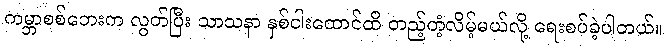
ကမ္ဘာစစ်ဘေးက လွတ်ပြီး သာသနာ နှစ်ငါးထောင်ထိ တည့်တံ့လိမ့်မယ်လို့ ရေးစပ်ခဲ့ပါတယ်။